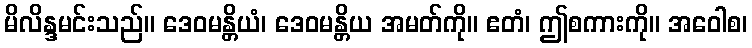
မိလိန္ဒမင်းသည်။ ဒေဝမန္တိယံ၊ ဒေဝမန္တိယ အမတ်ကို။ ဧတံ၊ ဤစကားကို။ အဝေါစ၊